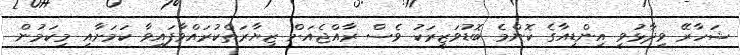
ޝަހާރޭ ވިދާޅުވީ އިންޑިއާގެ ކޮންމެ ބޮޑުވަޒީރަކު ވެސް ރާއްޖެއަށް ޒިޔާރަތްކުރައްވާފައިވާ ކަމަށާއި މިކަމުން